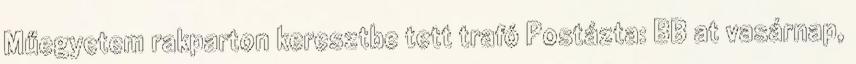
Műegyetem rakparton keresztbe tett trafó Postázta: BB at vasárnap,